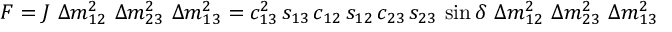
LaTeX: { \cal F } = J ~ \Delta m _ { 1 2 } ^ { 2 } ~ \Delta m _ { 2 3 } ^ { 2 } ~ \Delta m _ { 1 3 } ^ { 2 } = c _ { 1 3 } ^ { 2 } \, s _ { 1 3 } \, c _ { 1 2 } \, s _ { 1 2 } \, c _ { 2 3 } \, s _ { 2 3 } \, \sin \delta ~ \Delta m _ { 1 2 } ^ { 2 } ~ \Delta m _ { 2 3 } ^ { 2 } ~ \Delta m _ { 1 3 } ^ { 2 }